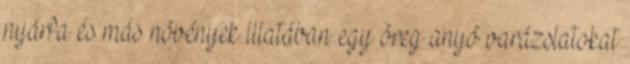
nyárfa és más növények illatában egy öreg anyó varázslatokat